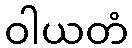
ဝါယတံ